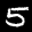
Label: 5